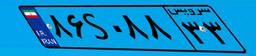
۸۶S۰۸۸۳۳